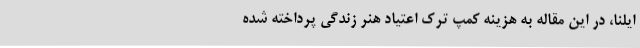
ایلنا، در این مقاله به هزینه کمپ ترک اعتیاد هنر زندگی پرداخته شده